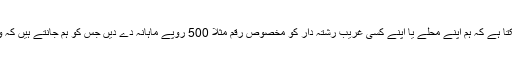
کیا ایسا ہوسکتا ہے کہ ہم اپنے محلے یا اپنے کسی غریب رشتہ دار کو مخصوص رقم مثلاَ 500 روپے ماہانہ دے دیں جس کو ہم جانتے ہیں کہ وہ حقدار ہے۔